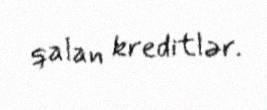
qalan kreditlər.